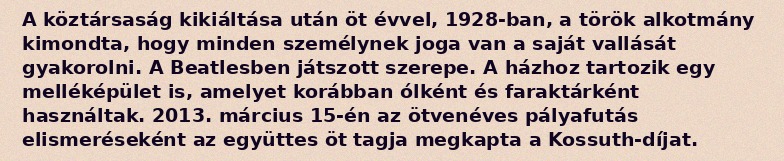
A köztársaság kikiáltása után öt évvel, 1928-ban, a török alkotmány kimondta, hogy minden személynek joga van a saját vallását gyakorolni. A Beatlesben játszott szerepe. A házhoz tartozik egy melléképület is, amelyet korábban ólként és faraktárként használtak. 2013. március 15-én az ötvenéves pályafutás elismeréseként az együttes öt tagja megkapta a Kossuth-díjat.